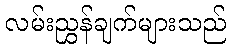
လမ်းညွှန်ချက်များသည်